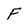
Character: F